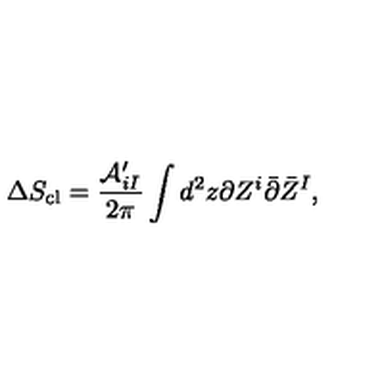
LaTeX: \Delta S _ { \mathrm { c l } } = { \frac { { \cal A } _ { i I } ^ { \prime } } { 2 \pi } } \int d ^ { 2 } z \partial Z ^ { i } \bar { \partial } \bar { Z } ^ { I } ,